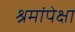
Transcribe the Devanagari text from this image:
श्रमांपेक्षा